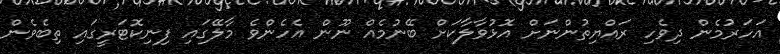
އަހަރުމެން ދިވެހި ރައްޔިތުންނަށް އޮޅުވާލާކަށް ބޭނުމެއް ނޫން އެހެންވެ މާލޭގައި ފިނިކޮޓަރީގައި ތިބެވެން